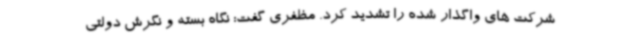
شرکت های واگذار شده را تشدید کرد. مظفری گفت: نگاه بسته و نگرش دولتی